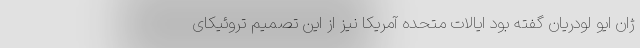
ژان ایو لودریان گفته بود ایالات متحده آمریکا نیز از این تصمیم تروئيکای